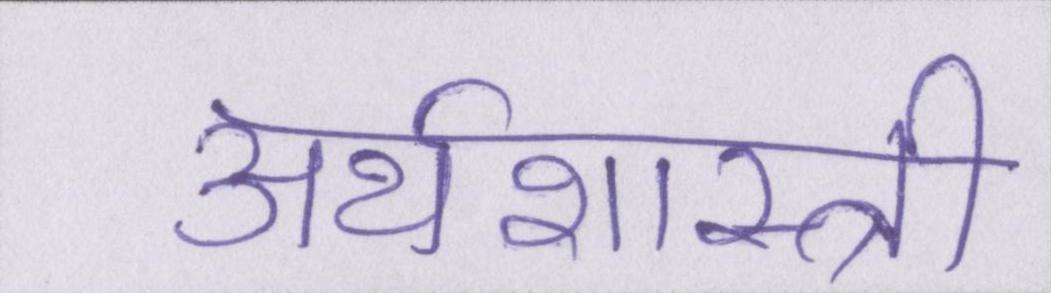
अर्थशास्त्री